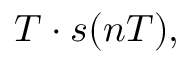
T \cdot s ( n T ) ,